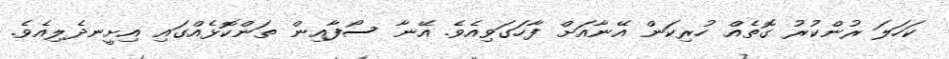
ކަހަލަ ރުންކުރު ގޮތެއް ހުރިކަން އޭނާއަށް ފާހަގަވިއެވެ. އޭނާ ސޯފާއިން ތަންކޮޅެއްގައި އިށީނދެލިއެވެ.